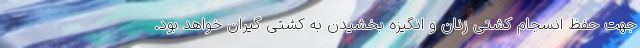
جهت حفظ انسجام کشتی زنان و انگیزه بخشیدن به کشتی گیران خواهد بود.